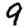
Digit: 9